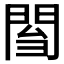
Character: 𨴌